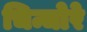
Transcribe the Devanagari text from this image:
चिन्चोरे